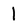
Character: 1